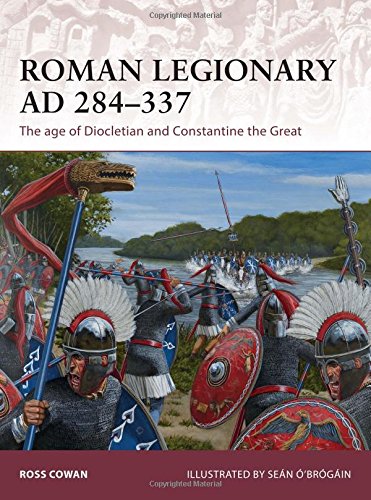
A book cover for Roman Legionary AD 284-337: The age of Diocletian and Constantine the Great (Warrior); Ross Cowan; History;